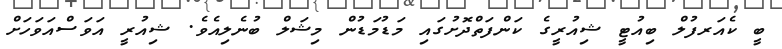
ބީ ކެއަރފުލް ބިއުޓީ ޝިއުރީގެ ކަންފަތްދޮށުގައި މަޑުމަޑުން މިޝަލް ބުނެލިއެވެ. ޝިއުރީ އަވަސްއަވަހަށް